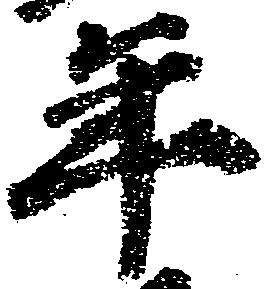
年